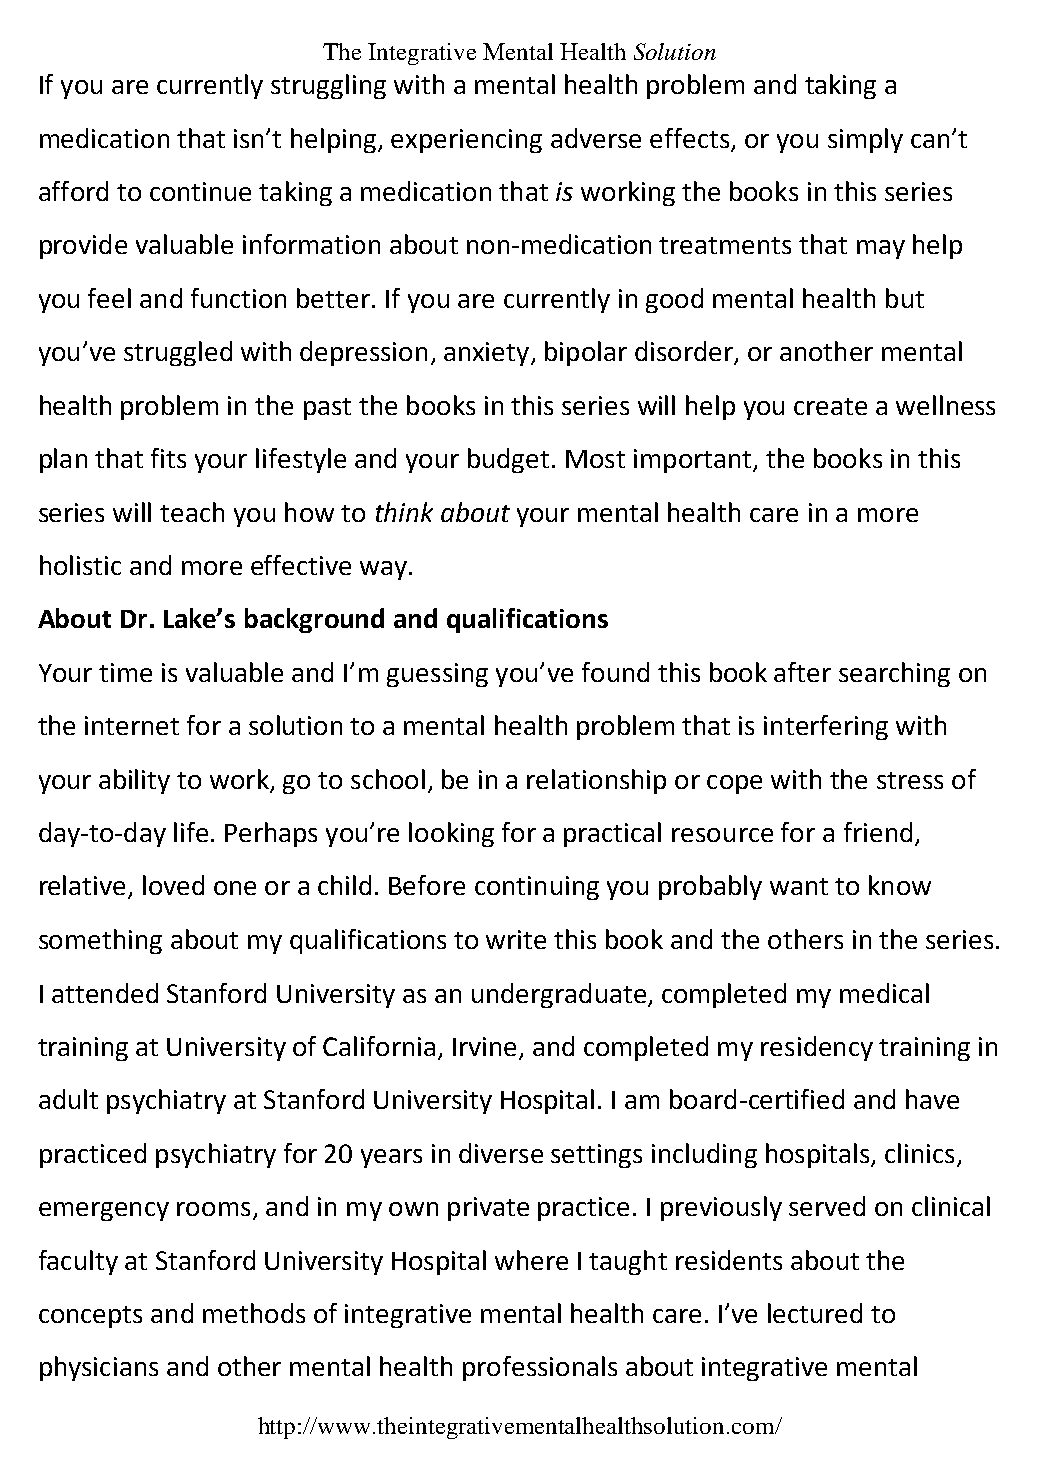
The Integrative Mental Health Solution
 If you are currently struggling with a mental health problem and taking a
 medication that isn’t helping, experiencing adverse effects, or you simply can’t
 afford to continue taking a medication that is working the books in this series
 provide valuable information about non-medication treatments that may help
 you feel and function better. If you are currently in good mental health but
 you’ve struggled with depression, anxiety, bipolar disorder, or another mental
 health problem in the past the books in this series will help you create a wellness
 plan that fits your lifestyle and your budget. Most important, the books in this
 series will teach you how to think about your mental health care in a more
 holistic and more effective way.
 About Dr. Lake’s background and qualifications
 Your time is valuable and I’m guessing you’ve found this book after searching on
 the internet for a solution to a mental health problem that is interfering with
 your ability to work, go to school, be in a relationship or cope with the stress of
 day-to-day life. Perhaps you’re looking for a practical resource for a friend,
 relative, loved one or a child. Before continuing you probably want to know
 something about my qualifications to write this book and the others in the series.
 I attended Stanford University as an undergraduate, completed my medical
 training at University of California, Irvine, and completed my residency training in
 adult psychiatry at Stanford University Hospital. I am board-certified and have
 practiced psychiatry for 20 years in diverse settings including hospitals, clinics,
 emergency rooms, and in my own private practice. I previously served on clinical
 faculty at Stanford University Hospital where I taught residents about the
 concepts and methods of integrative mental health care. I’ve lectured to
 physicians and other mental health professionals about integrative mental
 http://www.theintegrativementalhealthsolution.com/